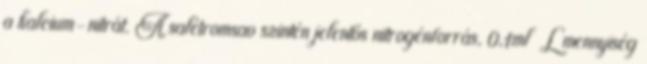
a kalcium-nitrát. A salétromsav szintén jelentős nitrogénforrás, 0,1ml L mennyiség